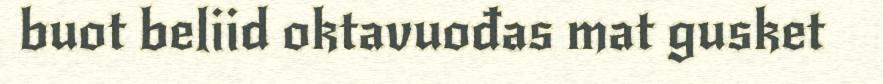
buot beliid oktavuođas mat gusket